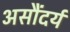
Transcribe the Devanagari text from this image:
असौंदर्य